Vaccination in Bombay 1874-1876 - 1874-1876
Year: 1874
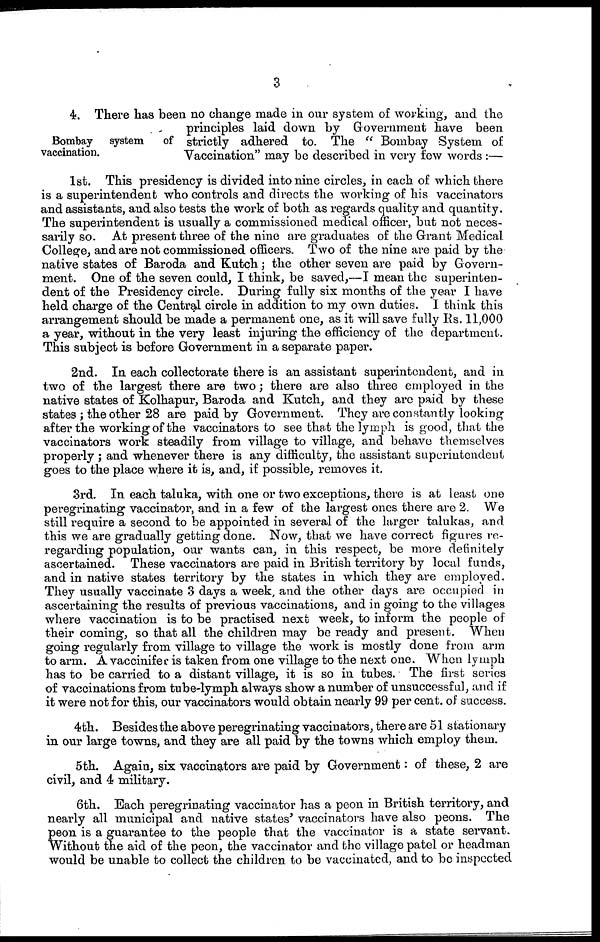
3
Bombay system of
vaccination.
4. There has been no change made in our system of working, and the
principles laid down by Government have been
strictly adhered to. The " Bombay System of
Vaccination" may be described in very few words :—
1st. This presidency is divided into nine circles, in each of which there
is a superintendent who controls and directs the working of his vaccinators
and assistants, and also tests the work of both as regards quality and quantity.
The superintendent is usually a commissioned medical officer, but not neces-
sarily so. At present three of the nine are graduates of the Grant Medical
College, and are not commissioned officers. Two of the nine are paid by the
native states of Baroda and Kutch; the other seven are paid by Govern-
ment. One of the seven could, I think, be saved,—I mean the superinten-
dent of the Presidency circle. During fully six months of the year I have
held charge of the Central circle in addition to my own duties. I think this
arrangement should be made a permanent one, as it will save fully Rs. 11,000
a year, without in the very least injuring the efficiency of the department.
This subject is before Government in a separate paper.
2nd. In each collectorate there is an assistant superintendent, and in
two of the largest there are two; there are also three employed in the
native states of Kolhapur, Baroda and Kutch, and they are paid by these
states ; the other 28 are paid by Government. They are constantly looking
after the working of the vaccinators to see that the lymph is good, that the
vaccinators work steadily from village to village, and behave themselves
properly ; and whenever there is any difficulty, the assistant superintendent
goes to the place where it is, and, if possible, removes it.
3rd. In each taluka, with one or two exceptions, there is at least one
peregrinating vaccinator, and in a few of the largest ones there are 2. We
still require a second to be appointed in several of the larger talukas, and
this we are gradually getting done. Now, that we have correct figures re-
regarding population, our wants can, in this respect, be more definitely
ascertained. These vaccinators are paid in British territory by local funds,
and in native states territory by the states in which they are employed.
They usually vaccinate 3 days a week, and the other days are occupied in
ascertaining the results of previous vaccinations, and in going to the villages
where vaccination is to be practised next week, to inform the people of
their coming, so that all the children may be ready and present. When
going regularly from village to village the work is mostly done from arm
to arm. A vaccinifer is taken from one village to the next one. When lymph
has to be carried to a distant village, it is so in tubes. The first series
of vaccinations from tube-lymph always show a number of unsuccessful, and if
it were not for this, our vaccinators would obtain nearly 99 per cent. of success.
4th. Besides the above peregrinating vaccinators, there are 51 stationary
in our large towns, and they are all paid by the towns which employ them.
5th. Again, six vaccinators are paid by Government: of these, 2 are
civil, and 4 military.
6th. Each peregrinating vaccinator has a peon in British territory, and
nearly all municipal and native states' vaccinators have also peons. The
peon is a guarantee to the people that the vaccinator is a state servant.
Without the aid of the peon, the vaccinator and the village patel or headman
would be unable to collect the children to be vaccinated, and to be inspected